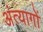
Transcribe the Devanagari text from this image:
अंत्यागों